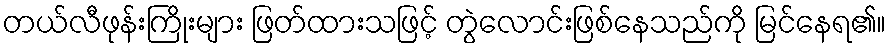
တယ်လီဖုန်းကြိုးများ ဖြတ်ထားသဖြင့် တွဲလောင်းဖြစ်နေသည်ကို မြင်နေရ၏။